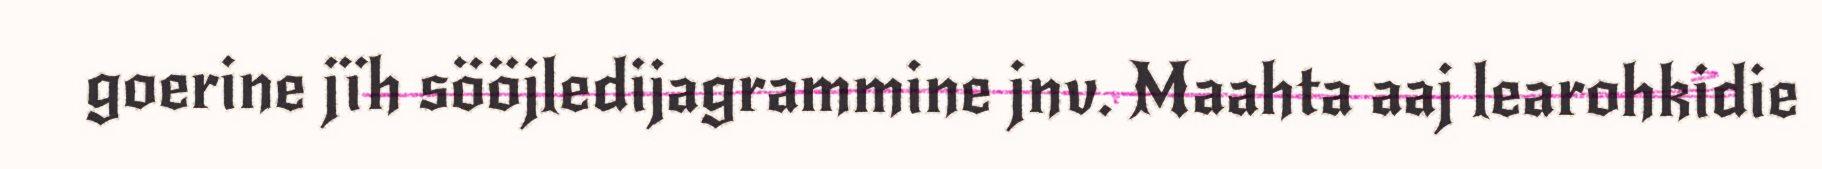
goerine jïh sööjledijagrammine jnv. Maahta aaj learohkidie